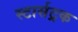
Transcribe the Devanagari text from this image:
स्टार्सट्रक